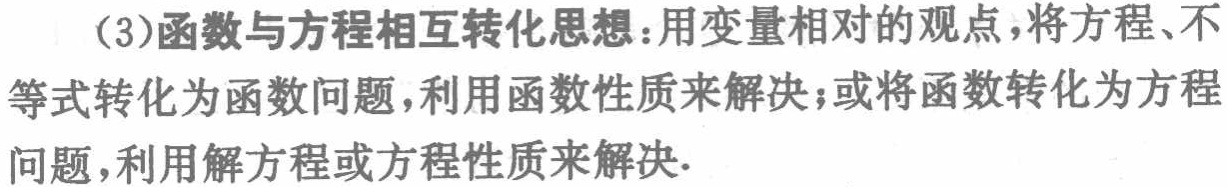
(3)函数与方程相互转化思想：用变量相对的观点，将方程、不等式转化为函数问题，利用函数性质来解决；或将函数转化为方程问题，利用解方程或方程性质来解决.